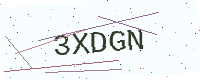
Text: 3XDGN